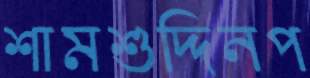
শামশুদ্দিনপ